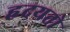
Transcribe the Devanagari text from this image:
हृदयतो